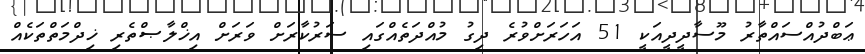
ޢަބްދުއްސައްތާރު މޫސާދީދީއަކީ 51 އަހަރަށްވުރެ ދިގު މުއްދަތެއްގައި ސަރުކާރަށް ވަރަށް އިޚްލާޞްތެރި ޚިދްމަތްތަކެއް